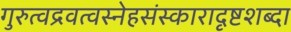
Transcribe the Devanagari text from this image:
गुरुत्वद्रवत्वस्नेहसंस्कारादृष्टशब्दा